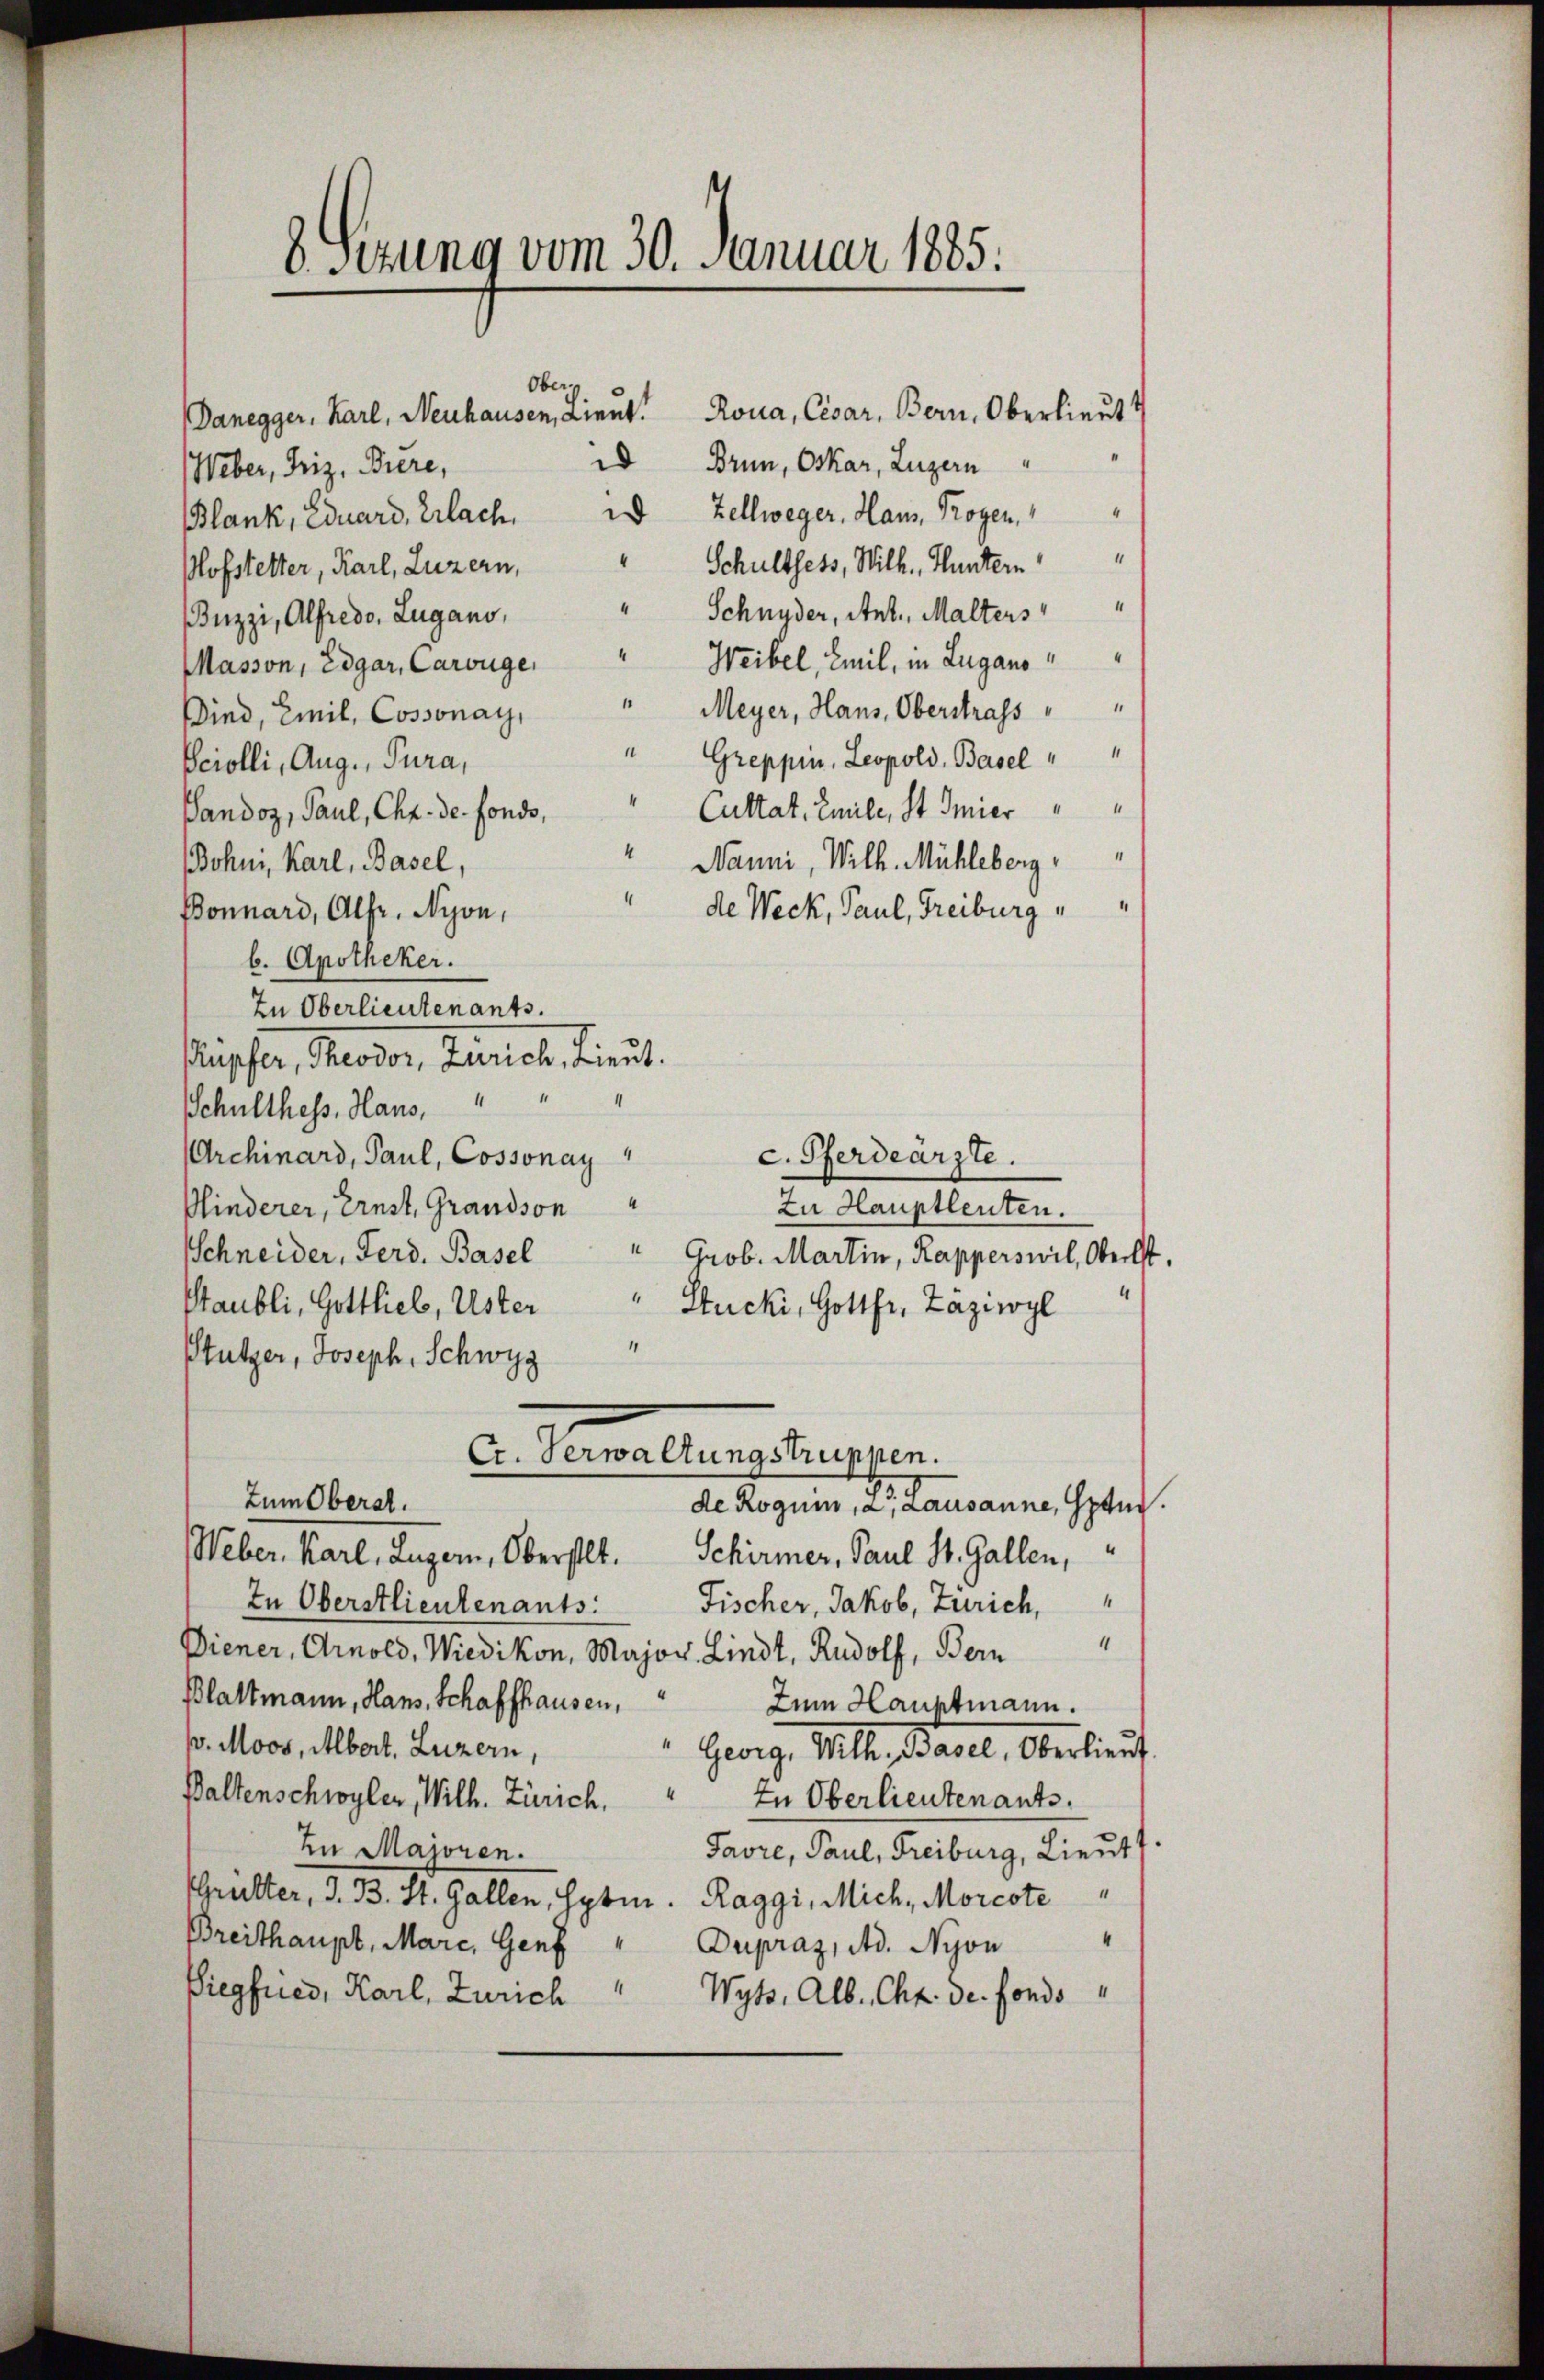
8 Sezung vom 30. Januar 1885.

Ober
Danegger, Karl, Neuhausen, Lieut. Kona, Cesar, Bern, Oberlieut
id Brün, Oskar, Luzern
Weber, Friz, Biere,
Blank, Eduard, Erlach.   Zellweger, Hau, Trogen,
“
Schulthess, Wilh. Huntern
Plofstetter, Karl, Luzern,
Schnyder, Ant. Malters
Buzzi, Alfredo, Lugano,
Masson, Edgar, Carouge " Weibel, Emil, in Lugano
" Meyer, Hans, Oberstrafs " "
Bind, Emil, Cossonay,
"Greppin, Leopold, Basel " "
Perolli, Aug., Pura,
4
Cultat. Emile, St Smier
Sandoz, Paul, Chr. de fondo,
“
Manni, Wilh. Mühleberg,
Bohni, Karl, Basel,
"de Weck, Paul, Freiburg
Bonnard, Alfr, Nyon,
b. Apotheker.
Zu Oberlieutenants.
Küpfer, Theodor, Zürich, Lieut.
Schulthess, Haus, " " "
Archinard, Paul, Cossonay
c. Pferdearzte.
Minderer, Ernst, Grandson
Zu Hauptleuten.
Schneider, Ferd. Basel " Grob. Martin, Kapperswil, Oberst.
" Stucki, Gottfr. Zäziwyl
Staubli, Gottlieb, Uster
Stutzer, Joseph, Schwyz
C. Verwaltungstruppen.
Zum Oberst.
de Rogui, a, Lausanne, Grand.
Weber, Karl, Luzern, Oberstet. Schirmer, Paul St. Gallen,
In Oberstlieutenants: Fischer, Jakob, Zürich,
1
Diener, Arnold, Wiedikon, Major Lindt, Rudolf, Bern
Blattmann, Hans Schaffhausen,
Zum Hauptmann.
. Moos, Albert. Luzern,
" Georg, With, Basel, Oberlieŭt.
Baltenschwyler, Wilh. Zürich,
In Oberlieutenants.
In Majoren.
Pavre, Paul, Freiburg, Lieut.
Schritter, J. B. St. Gallen, Sybin. Raggi, Mich. Morcote
Breithaupt, Mare, Genf " Dupraz, Ad. Nyon
Piegfried, Karl, Zürich" Wyss, Alb. Chr. de fonds

¬